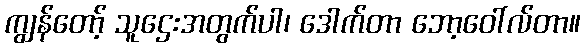
ကျွန်တော့် သူဌေးအတွက်ပါ၊ ဒေါက်တာ ဘော့ဝေါ်လ်တာ။